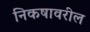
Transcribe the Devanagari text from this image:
निकषावरील